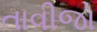
તાવીજો